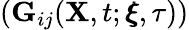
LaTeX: (\mathbf{G}_{ij}(\mathbf{X},t;\pmb{\xi},\tau))